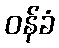
ဝန်ခံ